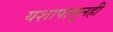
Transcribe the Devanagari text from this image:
यशापासूनही